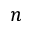
n